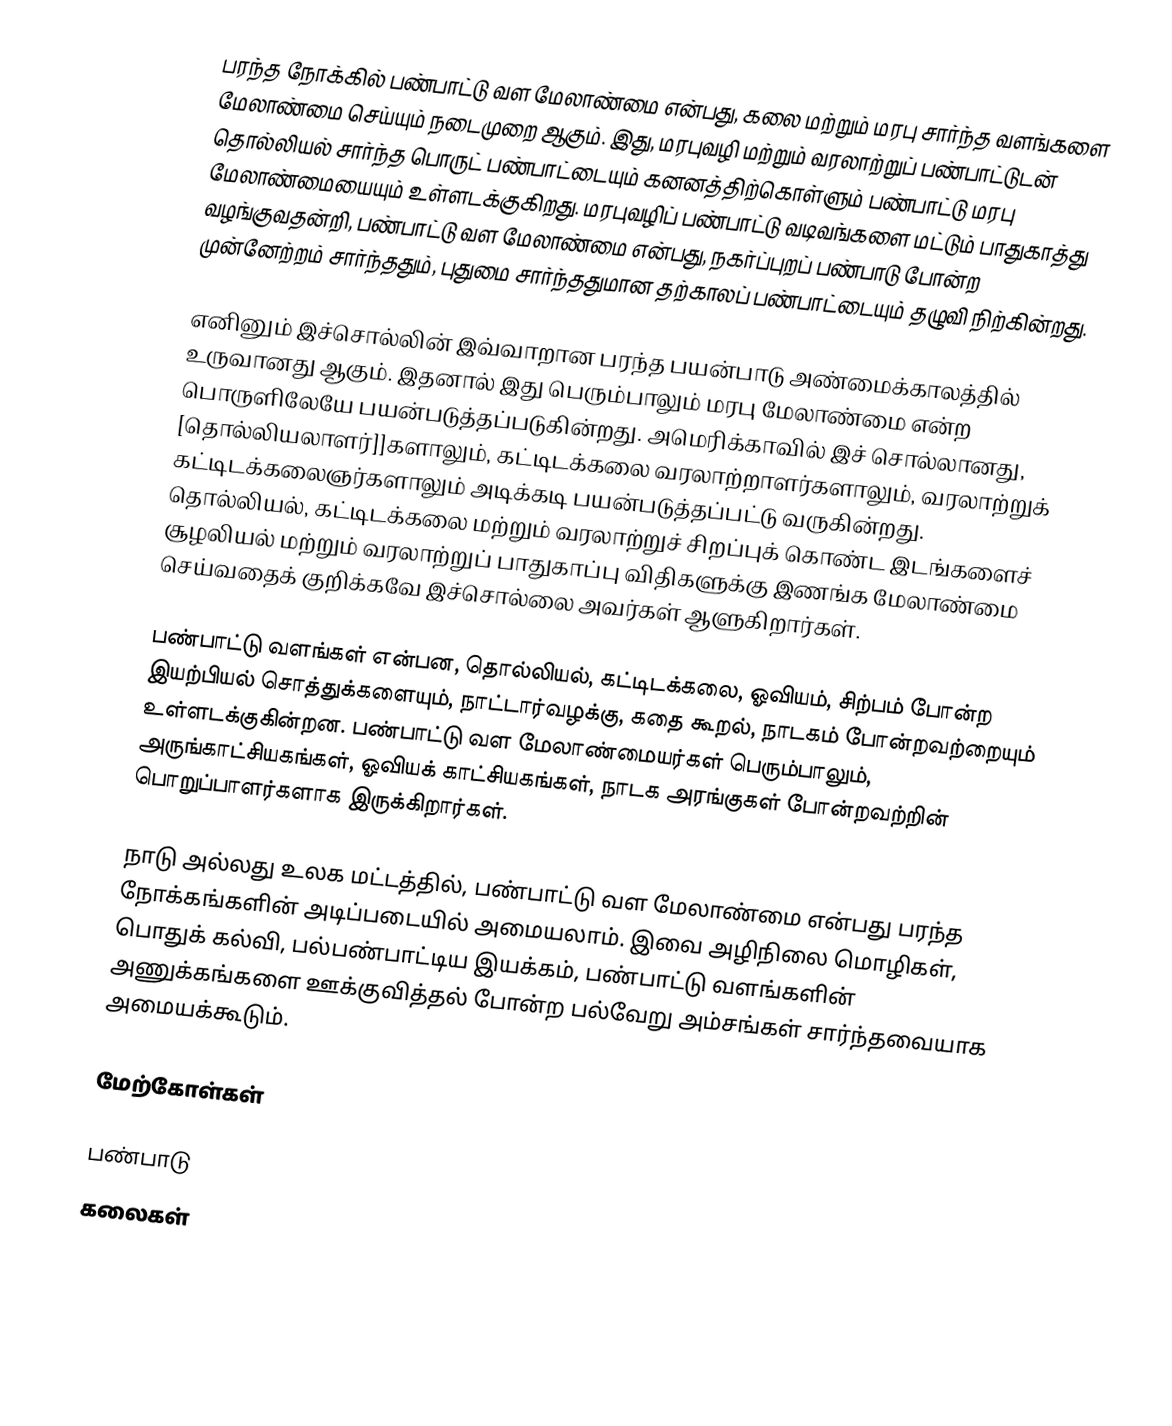
பரந்த நோக்கில் பண்பாட்டு வள மேலாண்மை என்பது, கலை மற்றும் மரபு சார்ந்த வளங்களை மேலாண்மை செய்யும் நடைமுறை ஆகும். இது, மரபுவழி மற்றும் வரலாற்றுப் பண்பாட்டுடன் தொல்லியல் சார்ந்த பொருட் பண்பாட்டையும் கனனத்திற்கொள்ளும் பண்பாட்டு மரபு மேலாண்மையையும் உள்ளடக்குகிறது. மரபுவழிப் பண்பாட்டு வடிவங்களை மட்டும் பாதுகாத்து வழங்குவதன்றி, பண்பாட்டு வள மேலாண்மை என்பது, நகர்ப்புறப் பண்பாடு போன்ற முன்னேற்றம் சார்ந்ததும், புதுமை சார்ந்ததுமான தற்காலப் பண்பாட்டையும் தழுவி நிற்கின்றது.

எனினும் இச்சொல்லின் இவ்வாறான பரந்த பயன்பாடு அண்மைக்காலத்தில் உருவானது ஆகும். இதனால் இது பெரும்பாலும் மரபு மேலாண்மை என்ற பொருளிலேயே பயன்படுத்தப்படுகின்றது. அமெரிக்காவில் இச் சொல்லானது, [தொல்லியலாளர்]]களாலும், கட்டிடக்கலை வரலாற்றாளர்களாலும், வரலாற்றுக் கட்டிடக்கலைஞர்களாலும் அடிக்கடி பயன்படுத்தப்பட்டு வருகின்றது. தொல்லியல், கட்டிடக்கலை மற்றும் வரலாற்றுச் சிறப்புக் கொண்ட இடங்களைச் சூழலியல் மற்றும் வரலாற்றுப் பாதுகாப்பு விதிகளுக்கு இணங்க மேலாண்மை செய்வதைக் குறிக்கவே இச்சொல்லை அவர்கள் ஆளுகிறார்கள்.

பண்பாட்டு வளங்கள் என்பன, தொல்லியல், கட்டிடக்கலை, ஓவியம், சிற்பம் போன்ற இயற்பியல் சொத்துக்களையும், நாட்டார்வழக்கு, கதை கூறல், நாடகம் போன்றவற்றையும் உள்ளடக்குகின்றன. பண்பாட்டு வள மேலாண்மையர்கள் பெரும்பாலும், அருங்காட்சியகங்கள், ஓவியக் காட்சியகங்கள், நாடக அரங்குகள் போன்றவற்றின் பொறுப்பாளர்களாக இருக்கிறார்கள்.

நாடு அல்லது உலக மட்டத்தில், பண்பாட்டு வள மேலாண்மை என்பது பரந்த நோக்கங்களின் அடிப்படையில் அமையலாம். இவை அழிநிலை மொழிகள், பொதுக் கல்வி, பல்பண்பாட்டிய இயக்கம், பண்பாட்டு வளங்களின் அணுக்கங்களை ஊக்குவித்தல் போன்ற பல்வேறு அம்சங்கள் சார்ந்தவையாக அமையக்கூடும்.

மேற்கோள்கள்

பண்பாடு
கலைகள்